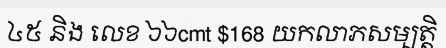
៤៥ និង លេខ ៦៦cmt $168 យកលាភសម្បត្តិ